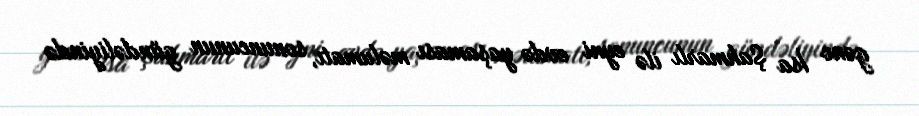
gənc İsa Şahmarlı ilə eyni evdə yaşaması məlumatı, sonuncunun gündəliyində